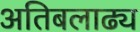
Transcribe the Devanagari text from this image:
अतिबलाढ्य